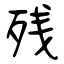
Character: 残